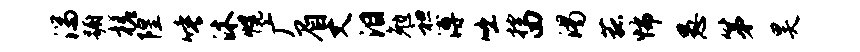
湍蹰槎隍唾沐幌广眉丈泪勉袒溥咄控四渴菰怖愚第昊